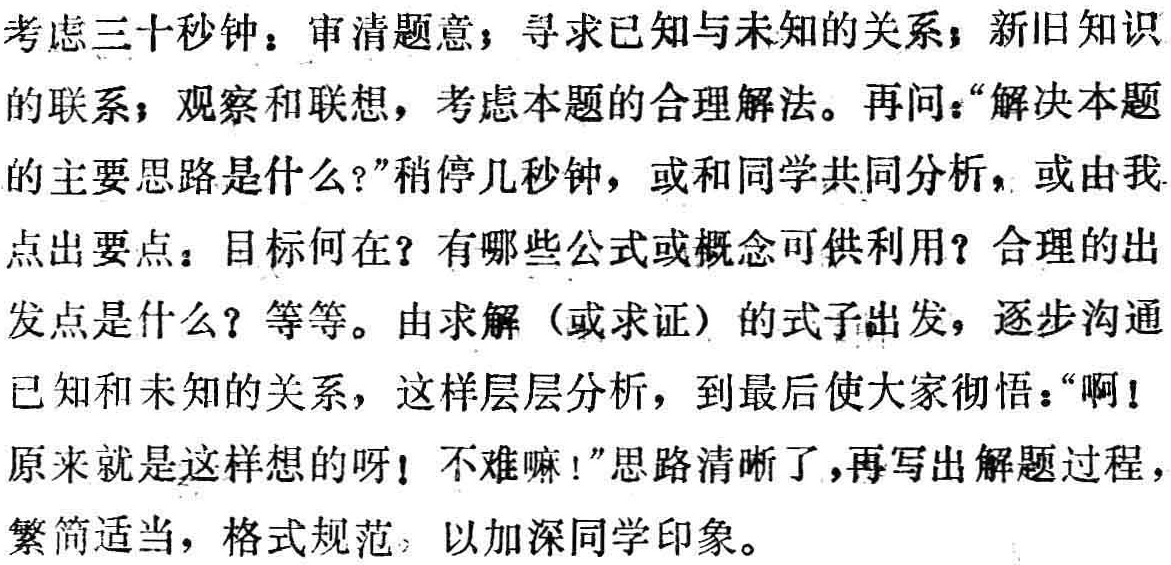
考虑三十秒钟：审清题意，寻求已知与未知的关系；新旧知识
的联系；观察和联想，考虑本题的合理解法。再问：“解决本题
的主要思路是什么?”稍停几秒钟，或和同学共同分析，或由我
点出要点：目标何在？有哪些公式或概念可供利用？合理的出
发点是什么？等等。由求解（或求证）的式子出发，逐步沟通
已知和未知的关系，这样层层分析，到最后使大家彻悟：“啊！
原来就是这样想的呀！不难嘛!”思路清晰了，再写出解题过程，
繁简适当，格式规范，以加深同学印象。